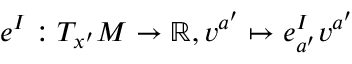
e ^ { I } : T _ { x ^ { \prime } } M \rightarrow \mathbb { R } , v ^ { a ^ { \prime } } \mapsto e _ { a ^ { \prime } } ^ { I } v ^ { a ^ { \prime } }